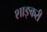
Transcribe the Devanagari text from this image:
शाङ्करी